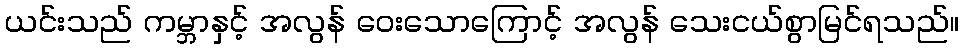
ယင်းသည် ကမ္ဘာနှင့် အလွန် ဝေးသောကြောင့် အလွန် သေးငယ်စွာမြင်ရသည်။